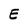
Character: E